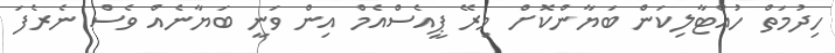
ހިދުމަތް ހުއްޓާލިކަން ބަޔާންކޮށް މިރޭ ޕީއެސްއެމް އިން ވަނީ ބަޔާނެއް ވެސް ނެެރެފަ